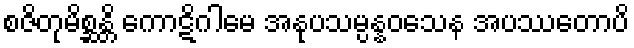
စဇိတုမိစ္ဆန္တိ ကောဋိဂါမေ အနုပသမ္ပန္နဝသေန အပဿတောပိ